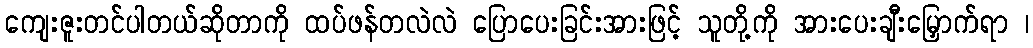
ကျေးဇူးတင်ပါတယ်ဆိုတာကို ထပ်ဖန်တလဲလဲ ပြောပေးခြင်းအားဖြင့် သူတို့ကို အားပေးချီးမြှောက်ရာ ၊